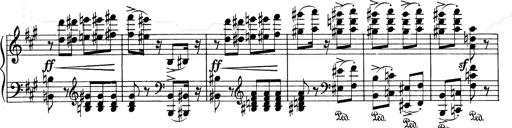
Title: Mephisto Waltz No.1
Composer: Franz Liszt